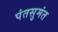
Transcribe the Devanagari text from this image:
पंतसुमंत